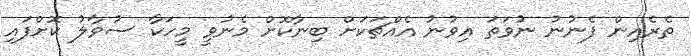
ތެރެއިން ފެނުނު ނުވަތަ އިވުނު އެއްޗަކަށް ބިނާކޮށް މެނުވީ މީހަކާ ސުވާލު ކޮށްފައި